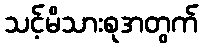
သင့်မိသားစုအတွက်